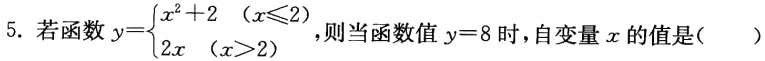
5. 若函数$y=\begin{cases}x^{2}+2&(x\leqslant2)\\2x&(x > 2)\end{cases}$，则当函数值$y = 8$时，自变量$x$的值是( )